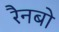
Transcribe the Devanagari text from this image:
रैनबो